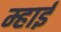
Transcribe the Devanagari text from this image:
म्हाई